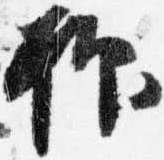
抑